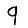
Digit: 9